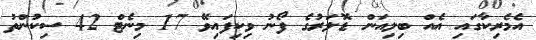
އެމެރިކާގައި އެއް ބިލިއަން ޑޮލަރުގެ ފޯނު ވިކިފައިވޭ 17 މިނެޓް 42 ސިކުންތު